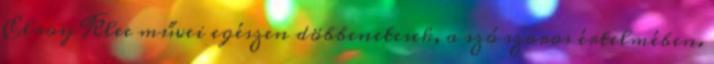
Elroy Klee művei egészen döbbenetesek, a szó szoros értelmében.